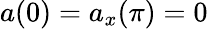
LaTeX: a(0)=a_{x}(\pi)=0